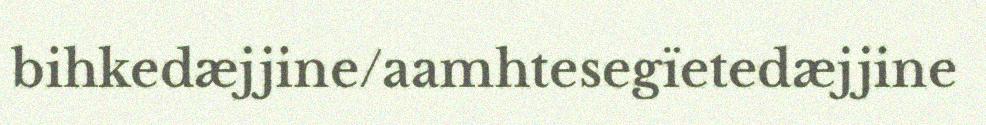
bihkedæjjine/aamhtesegïetedæjjine